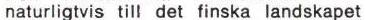
naturligtvis till det finska landskapet